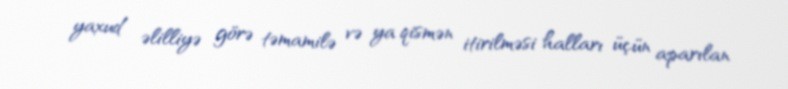
yaxud əlilliyə görə təmamilə və ya qismən itirilməsi halları üçün aparılan